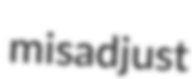
misadjust